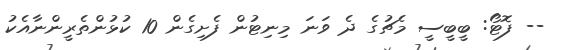
-- ފޮޓޯ: ބީބީސީ މެޗުގެ ދެ ވަނަ މިނިޓުން ފެށިގެން 10 ކުޅުންތެރީންނާއެކު